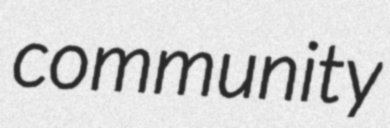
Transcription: community